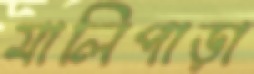
মালিপাড়া